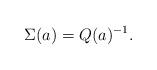
LaTeX: \begin{align*}\Sigma(a)=Q(a)^{-1}.\end{align*}